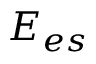
E _ { e s }